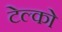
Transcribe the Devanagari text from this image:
टेल्‍को